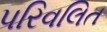
પરિવલિત